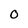
Character: 0